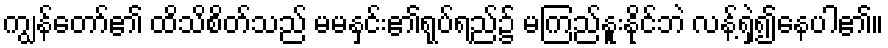
ကျွန်တော်၏ ထိသိစိတ်သည် မမနှင်း၏ရုပ်ရည်၌ မကြည်နူးနိုင်ဘဲ လန့်ရှဲ၍နေပါ၏။